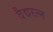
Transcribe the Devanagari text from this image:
वैद्यरत्न